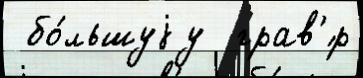
 бо́льшуjу  грав'́р